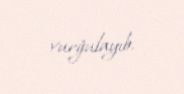
vurğulayıb.